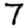
Digit: 7